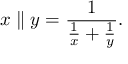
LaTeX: x \parallel y = { \frac { 1 } { { \frac { 1 } { x } } + { \frac { 1 } { y } } } } .